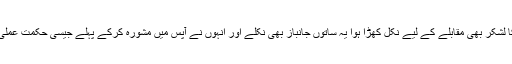
مسلمانوں کا لشکر بھی مقابلے کے لیے نکل کھڑا ہوا یہ ساتوں جانباز بھی نکلے اور انہوں نے آپس میں مشورہ کرکے پہلے جیسی حکمت عملی طے کی ۔